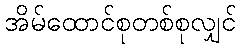
အိမ်ထောင်စုတစ်စုလျှင်